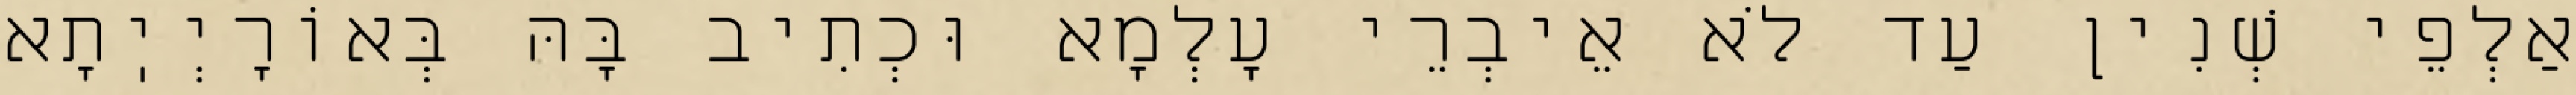
אַלְפֵי שְׁנִין עַד לֹא אֵיבְרֵי עָלְמָא וּכְתִיב בָּהּ בְּאוֹרָיְיֽתָא